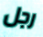
رجل